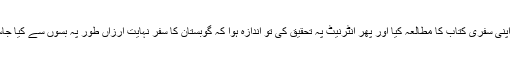
میں نے اپنی سفری کتاب کا مطالعہ کیا اور پھر انٹرنیٹ پہ تحقیق کی تو اندازہ ہوا کہ گوبستان کا سفر نہایت ارزاں طور پہ بسوں سے کیا جاسکتا تھا۔